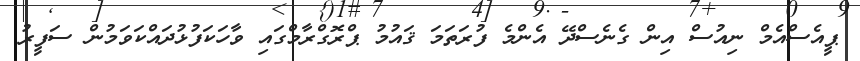
ޕީއެސްއެމް ނިއުސް އިން ގެނެސްދޭ އެންމެ ފުރަތަމަ ޤައުމު ޕްރޮގްރާމްގައި ވާހަކަފުޅުދައްކަވަމުން ސަފީރު